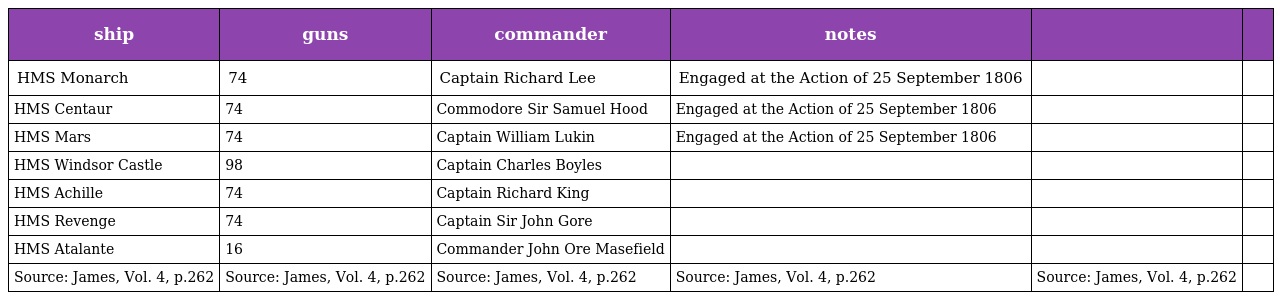
| ship | guns | commander | notes |  |  |
 | --- | --- | --- | --- | --- | --- |
 | HMS Monarch | 74 | Captain Richard Lee | Engaged at the Action of 25 September 1806 |  |  |
 | HMS Centaur | 74 | Commodore Sir Samuel Hood | Engaged at the Action of 25 September 1806 |  |  |
 | HMS Mars | 74 | Captain William Lukin | Engaged at the Action of 25 September 1806 |  |  |
 | HMS Windsor Castle | 98 | Captain Charles Boyles |  |  |  |
 | HMS Achille | 74 | Captain Richard King |  |  |  |
 | HMS Revenge | 74 | Captain Sir John Gore |  |  |  |
 | HMS Atalante | 16 | Commander John Ore Masefield |  |  |  |
 | Source: James, Vol. 4, p.262 | Source: James, Vol. 4, p.262 | Source: James, Vol. 4, p.262 | Source: James, Vol. 4, p.262 | Source: James, Vol. 4, p.262 |  |